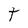
Character: t